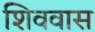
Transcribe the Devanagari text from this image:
शिववास